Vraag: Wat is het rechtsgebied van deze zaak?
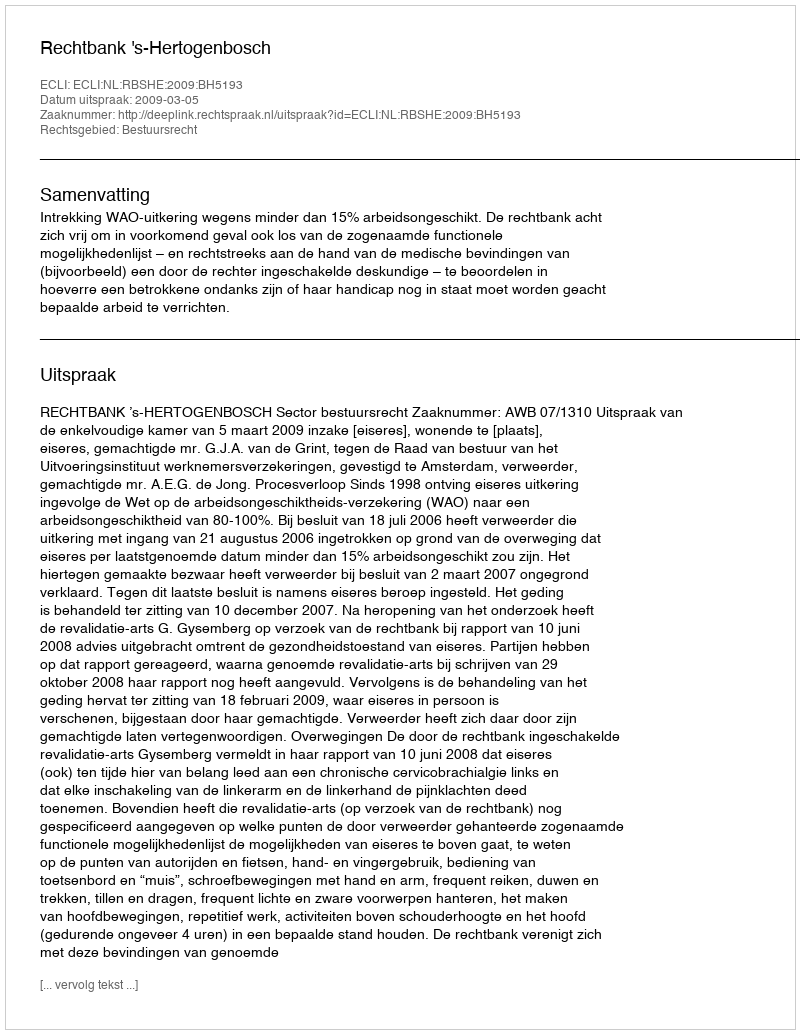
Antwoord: Bestuursrecht